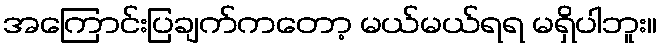
အကြောင်းပြချက်ကတော့ မယ်မယ်ရရ မရှိပါဘူး။